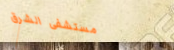
مستشفى الشرق